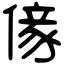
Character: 𠎵